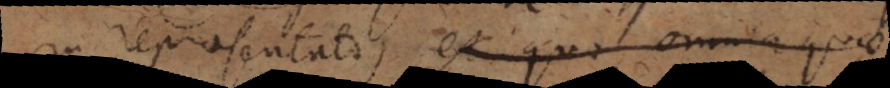
in repraesentato) ex quo omnia quae